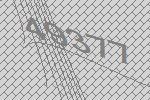
49377